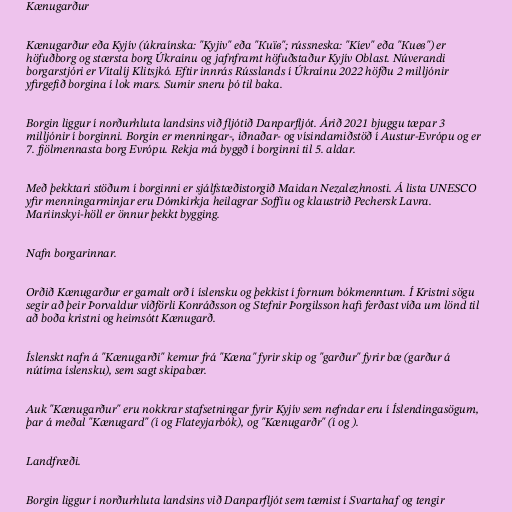
Kænugarður

Kænugarður eða Kyjív (úkraínska: "Kyjiv" eða "Київ"; rússneska: "Kíev" eða "Киев") er
höfuðborg og stærsta borg Úkraínu og jafnframt höfuðstaður Kyjív Oblast. Núverandi
borgarstjóri er Vítalíj Klitsjkó. Eftir innrás Rússlands í Úkraínu 2022 höfðu 2 milljónir
yfirgefið borgina í lok mars. Sumir sneru þó til baka.

Borgin liggur í norðurhluta landsins við fljótið Danparfljót. Árið 2021 bjuggu tæpar 3
milljónir í borginni. Borgin er menningar-, iðnaðar- og vísindamiðstöð í Austur-Evrópu og er
7. fjölmennasta borg Evrópu. Rekja má byggð í borginni til 5. aldar.

Með þekktari stöðum í borginni er sjálfstæðistorgið Maidan Nezalezhnosti. Á lista UNESCO
yfir menningarminjar eru Dómkirkja heilagrar Soffíu og klaustrið Pechersk Lavra.
Mariinskyi-höll er önnur þekkt bygging.

Nafn borgarinnar.

Orðið Kænugarður er gamalt orð í íslensku og þekkist í fornum bókmenntum. Í Kristni sögu
segir að þeir Þorvaldur víðförli Konráðsson og Stefnir Þorgilsson hafi ferðast víða um lönd til
að boða kristni og heimsótt Kænugarð.

Íslenskt nafn á "Kænugarði" kemur frá "Kæna" fyrir skip og "garður" fyrir bæ (garður á
nútíma íslensku), sem sagt skipabær.

Auk "Kænugarður" eru nokkrar stafsetningar fyrir Kyjív sem nefndar eru í Íslendingasögum,
þar á meðal "Kænugard" (í og Flateyjarbók), og "Kænugarðr" (í og ).

Landfræði.

Borgin liggur í norðurhluta landsins við Danparfljót sem tæmist í Svartahaf og tengir